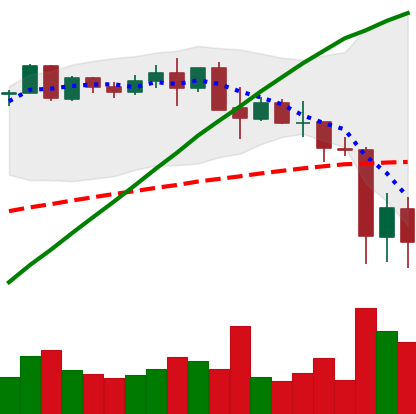
Ticker: BNB-USD
Chart end date: 2021-05-21
Forward return: 16.414%
Label: up_7plus